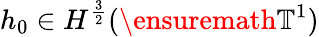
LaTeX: h_{0}\in H^{\frac 32}(\ensuremath{\mathbb{T}}^{1})